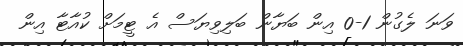
ވަނަ ލެގުން 1-0 އިން ބަޔާން ބަލިވިޔަސް އެ ޓީމަށް ކުއާޓާ އިން